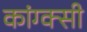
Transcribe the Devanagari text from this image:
कांग्क्सी